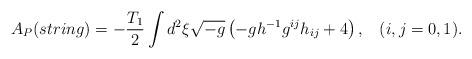
LaTeX: \begin{align*}A_{P}(string)=-\frac{T_1}{2}\int d^{2}{\xi}\sqrt{-g}\left(-gh^{-1}g^{ij}h_{ij}+4\right),\hspace{10pt}(i,j=0,1).\end{align*}